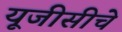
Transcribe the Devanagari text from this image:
यूजीसीचे